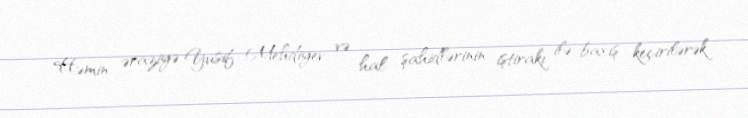
Həmin əraziyə Yusif Mehdiyev və hal şahidlərinin iştirakı ilə baxış keçirilərək